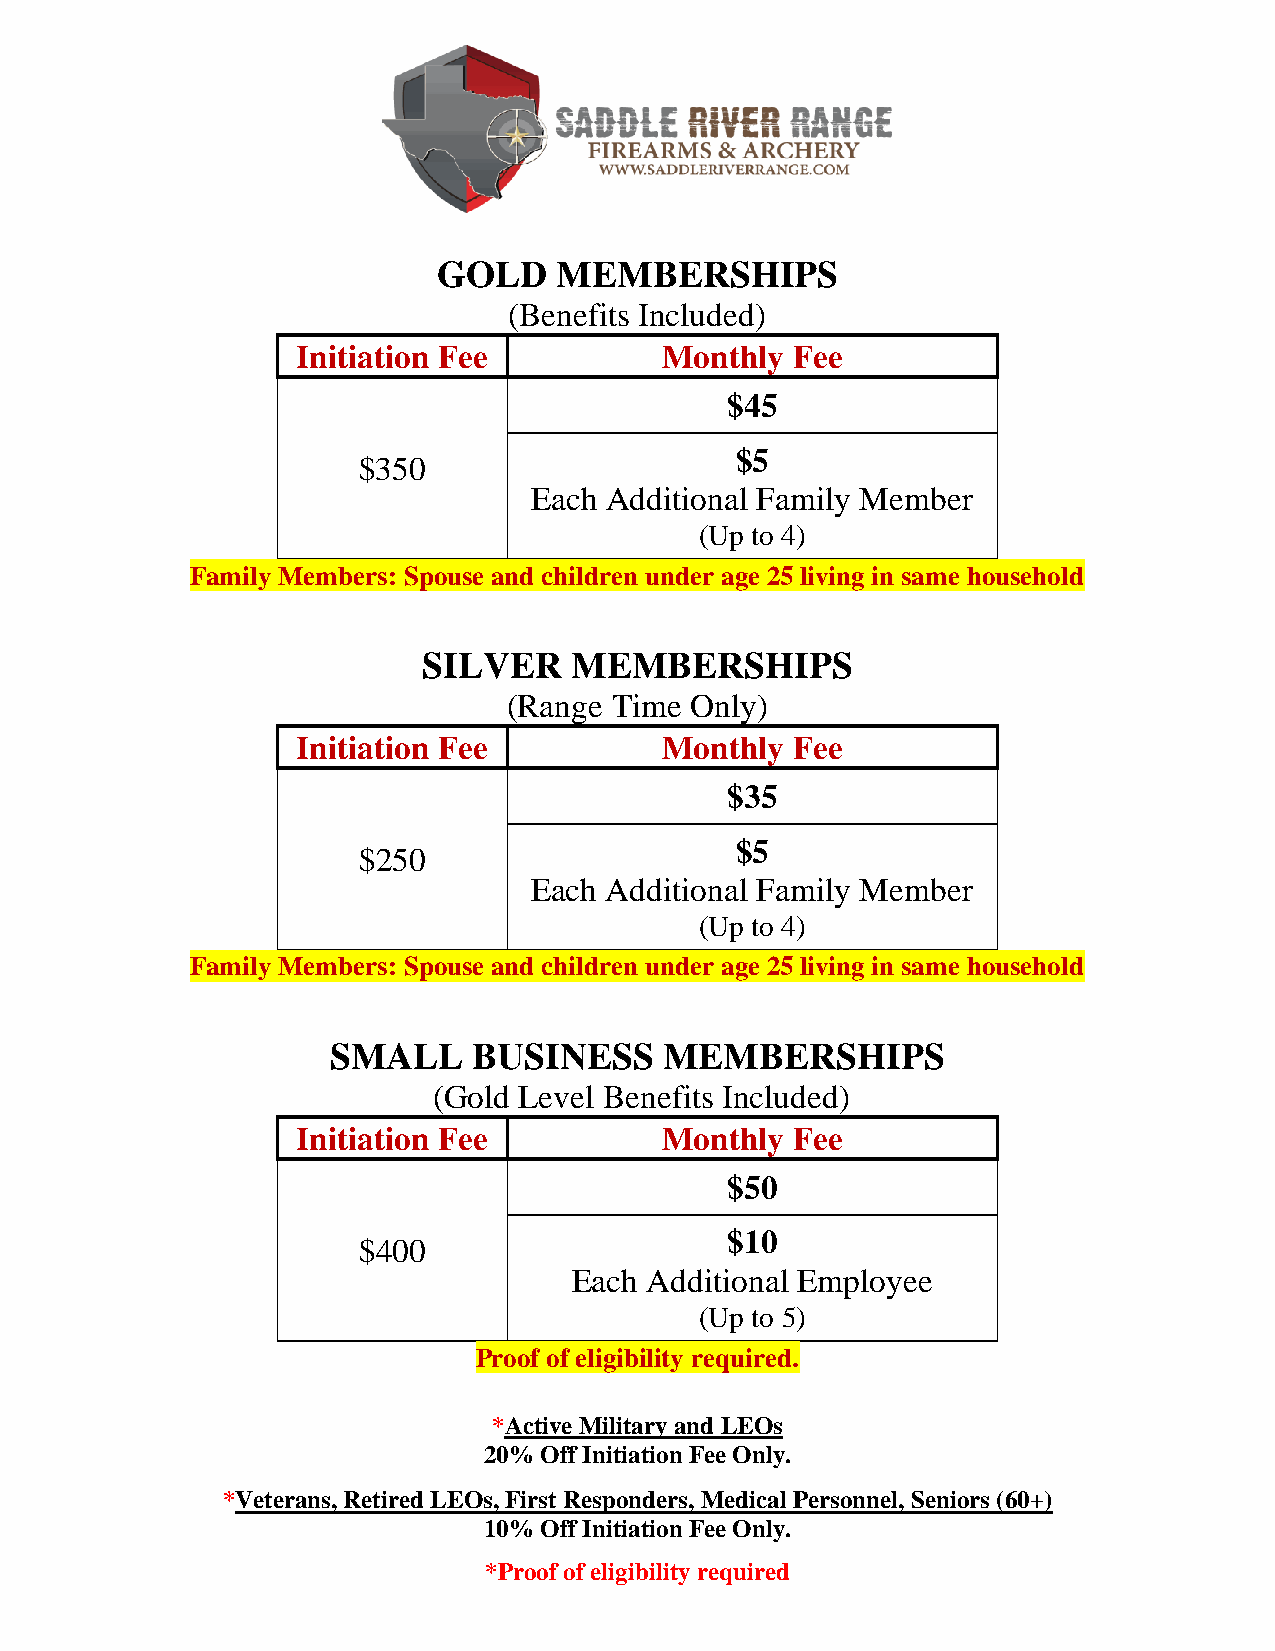
GOLD    MEMBERSHIPS
 (Benefits Included)
 Initiation Fee          Monthly Fee
 $45
 $5
 $350
 Each Additional Family Member
 (Up to 4)
 Family Members: Spouse and children under age 25 living in same household
 SILVER    MEMBERSHIPS
 (Range Time Only)
 Initiation Fee          Monthly Fee
 $35
 $5
 $250
 Each Additional Family Member
 (Up to 4)
 Family Members: Spouse and children under age 25 living in same household
 SMALL    BUSINESS     MEMBERSHIPS
 (Gold Level Benefits Included)
 Initiation Fee          Monthly Fee
 $50
 $10
 $400
 Each Additional Employee
 (Up to 5)
 Proof of eligibility required.
 *Active Military and LEOs
 20% Off Initiation Fee Only.
 *Veterans, Retired LEOs, First Responders, Medical Personnel, Seniors (60+)
 10% Off Initiation Fee Only.
 *Proof of eligibility required